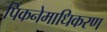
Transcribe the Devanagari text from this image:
पिकनेमाधिकरण